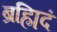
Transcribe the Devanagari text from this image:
ब्रह्मिदं